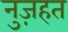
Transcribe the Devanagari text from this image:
नुज़हत